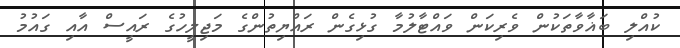
ކުއްލި ބަޣާވާތަކުން ވެރިކަން ވައްޓާލުމާ ގުޅިގެން ރައްޔިތުންގެ މަޖިލީހުގެ ރައީސް އާއި ގައުމު